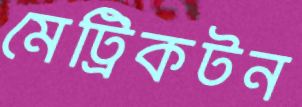
মেট্রিকটন